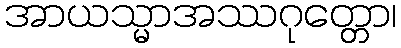
အာယသ္မာအဿဂုတ္တော၊